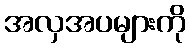
အလှအပများကို